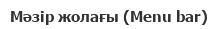
Мәзір жолағы (Menu bar)